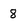
Character: 8